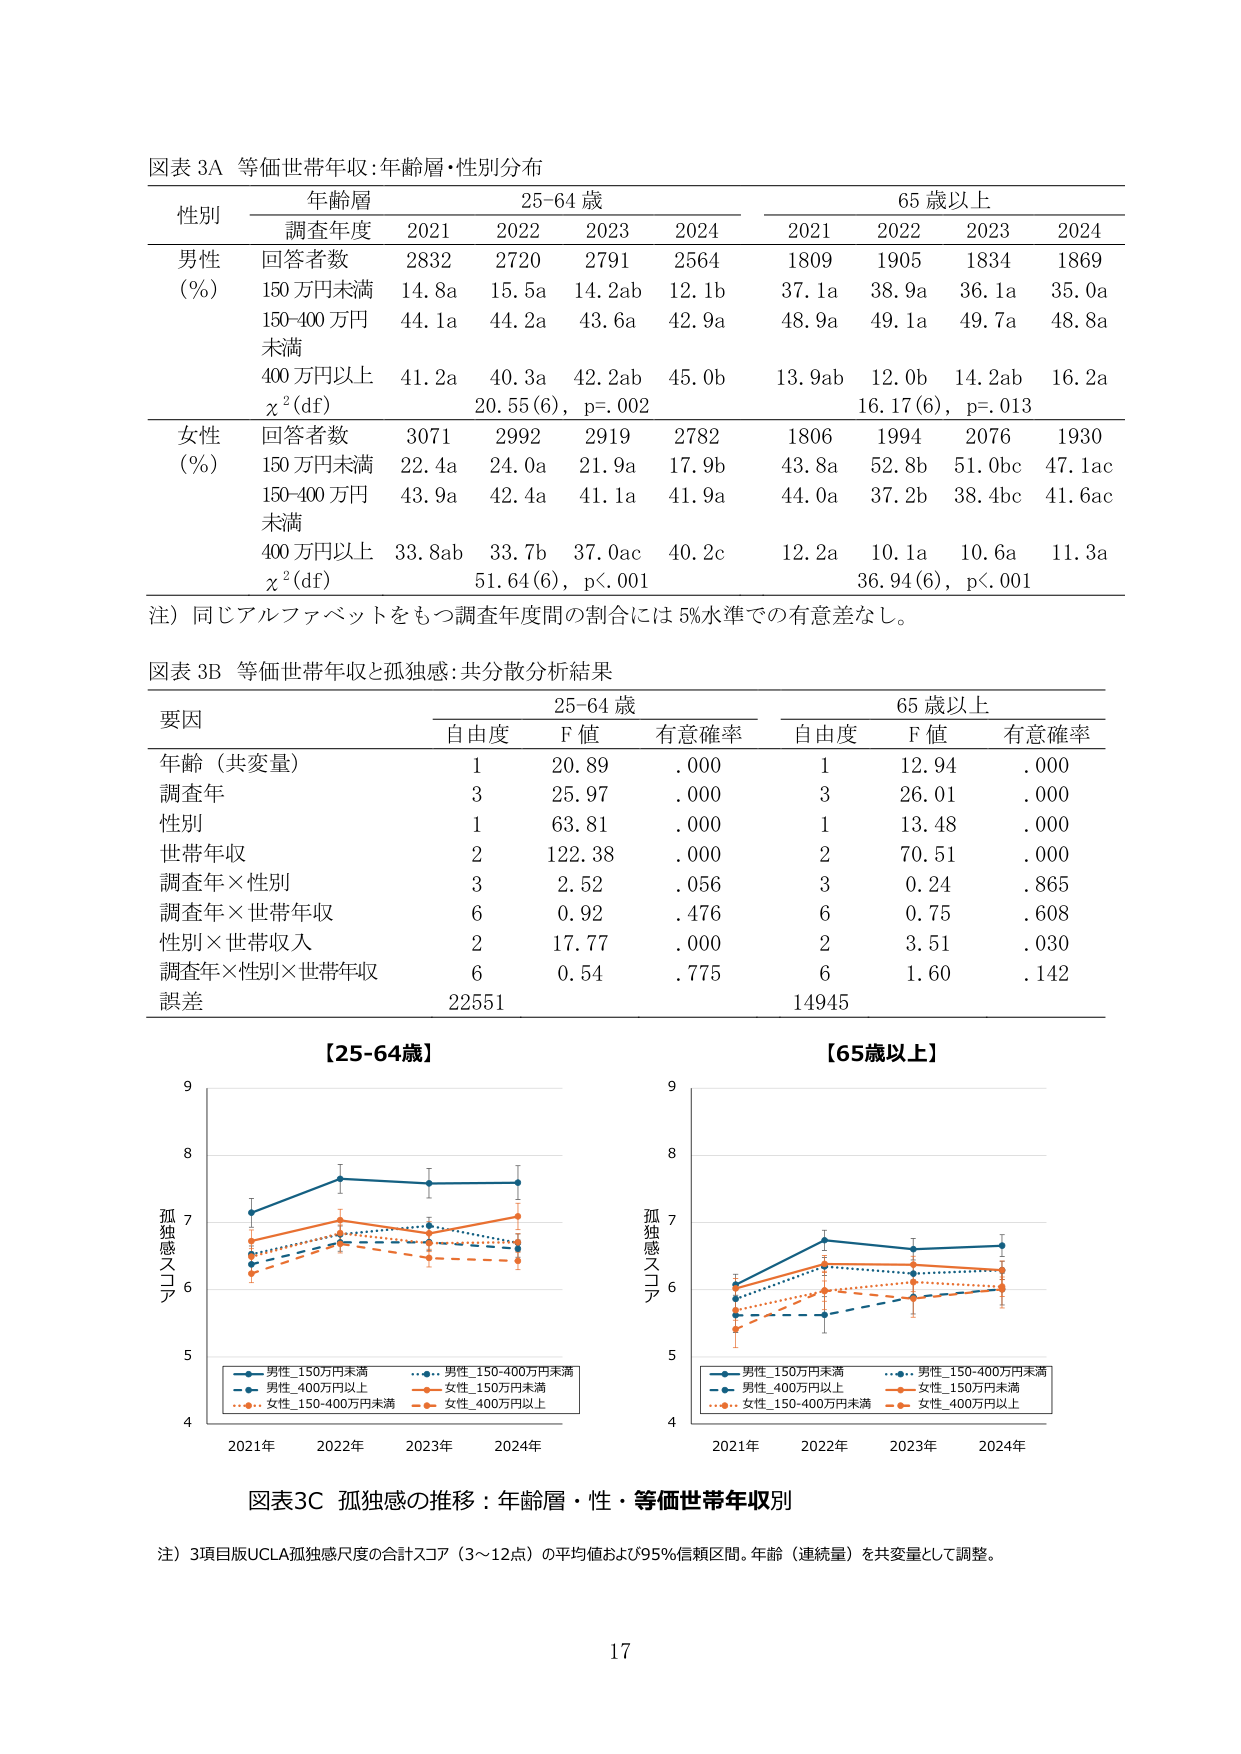
図表 3A 等価世帯年収：年齢層・性別分布

性別 年齢層 25-64 歳 65 歳以上
　　　調査年度 2021 2022 2023 2024 2021 2022 2023 2024

男性 回答者数 2832 2720 2791 2564 1809 1905 1834 1869
(%) 150万円未満 14.8a 15.5a 14.2ab 12.1b 37.1a 38.9a 36.1a 35.0a
　　　150-400万円未満 44.1a 44.2a 43.6a 42.9a 48.9a 49.1a 49.7a 48.8a
　　　400万円以上 41.2a 40.3a 42.2ab 45.0b 13.9ab 12.0b 14.2ab 16.2a
　　　χ²(df) 20.55(6), p=.002 16.17(6), p=.013

女性 回答者数 3071 2992 2919 2782 1806 1994 2076 1930
(%) 150万円未満 22.4a 24.0a 21.9a 17.9b 43.8a 52.8b 51.0bc 47.1ac
　　　150-400万円未満 43.9a 42.4a 41.1a 41.9a 44.0a 37.2b 38.4bc 41.6ac
　　　400万円以上 33.8ab 33.7b 37.0ac 40.2c 12.2a 10.1a 10.6a 11.3a
　　　χ²(df) 51.64(6), p<.001 36.94(6), p<.001

注）同じアルファベットをもつ調査年度間の割合には 5%水準での有意差なし。

図表 3B 等価世帯年収と孤独感：共分散分析結果

要因 25-64 歳 65 歳以上
　　　自由度 F 値 有意確率 自由度 F 値 有意確率

年齢（共変量） 1 20.89.000 1 12.94.000
調査年 3 25.97.000 3 26.01.000
性別 1 63.81.000 1 13.48.000
世帯年収 2 122.38.000 2 70.51.000
調査年×性別 3 2.52.056 3 0.24.865
調査年×世帯年収 6 0.92.476 6 0.75.608
性別×世帯収入 2 17.77.000 2 3.51.030
調査年×性別×世帯年収 6 0.54.775 6 1.60.142
誤差 22551 14945

【25-64歳】
【65歳以上】

孤独感スコア
　　　9
　　　8
　　　7
　　　6
　　　5
　　　4
　　　2021年 2022年 2023年 2024年

　　　■ 男性_150万円未満
　　　■ 男性_150-400万円未満
　　　■ 男性_400万円以上
　　　■ 女性_150万円未満
　　　■ 女性_150-400万円未満
　　　■ 女性_400万円以上

孤独感スコア
　　　9
　　　8
　　　7
　　　6
　　　5
　　　4
　　　2021年 2022年 2023年 2024年

　　　■ 男性_150万円未満
　　　■ 男性_150-400万円未満
　　　■ 男性_400万円以上
　　　■ 女性_150万円未満
　　　■ 女性_150-400万円未満
　　　■ 女性_400万円以上

図表3C 孤独感の推移：年齢層・性・等価世帯年収別

注）3項目版UCLA孤独感尺度の合計スコア（3～12点）の平均値および95%信頼区間。年齢（連続量）を共変量として調整。

17